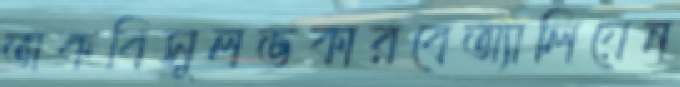
অকবিসুলভকারবেঅ্যালিয়েন